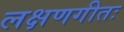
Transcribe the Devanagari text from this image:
लक्षणगीतः